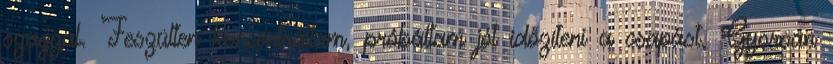
szaggal. Feszülten koncentráltam, próbáltam jól időzíteni a csapást. Gyorsan